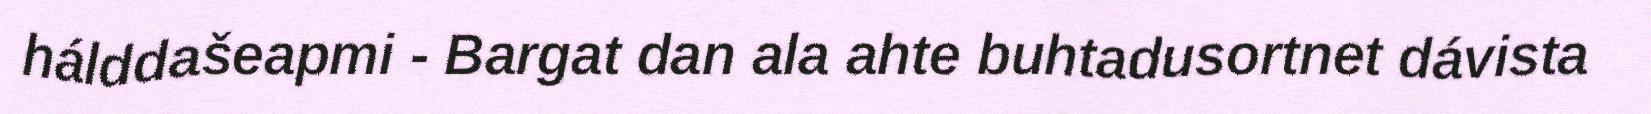
hálddašeapmi - Bargat dan ala ahte buhtadusortnet dávista